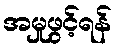
အမှုဖွင့်ရန်